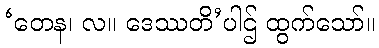
‘တေန၊ လ။ ဒေဿတိ’ပါဌ် ထွက်သော်။